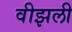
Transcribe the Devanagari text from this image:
वीझली